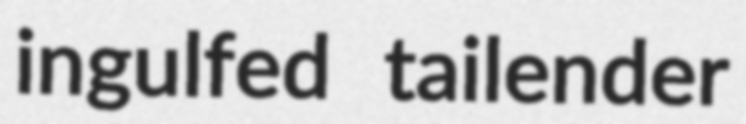
ingulfed tailender